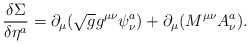
\begin{align*}\frac{\delta \Sigma}{\delta \eta^{a}} = \partial_{\mu} ( \sqrt{g} g^{\mu\nu} \psi^{a}_{\nu} ) + \partial_{\mu} ( M^{\mu\nu} A^{a}_{\nu} ) .\end{align*}